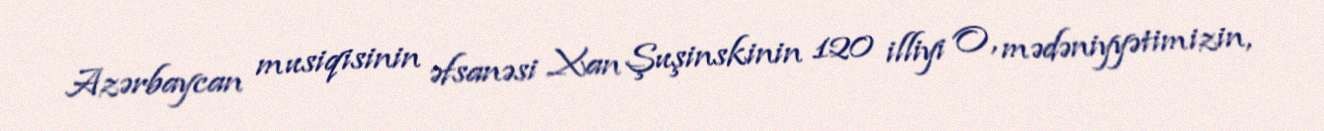
Azərbaycan musiqisinin əfsanəsi Xan Şuşinskinin 120 illiyi O, mədəniyyətimizin,